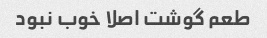
طعم گوشت اصلا خوب نبود